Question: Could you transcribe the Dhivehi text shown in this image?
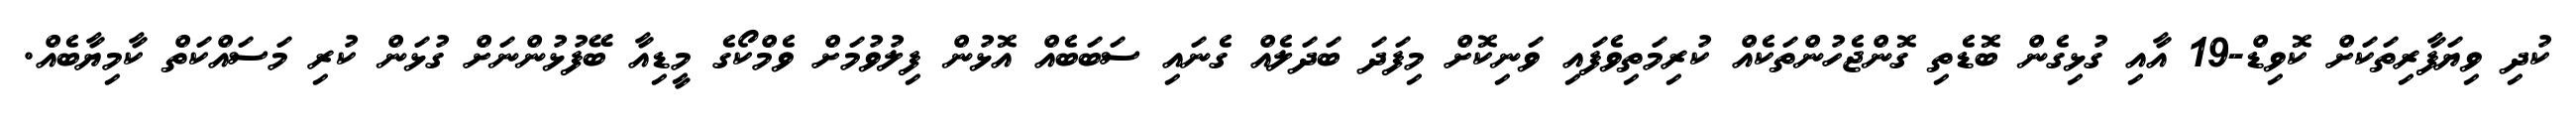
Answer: ކުދި ވިޔަފާރިތަކަށް ކޮވިޑް-19 އާއި ގުޅިގެން ބޮޑެތި ގޮންޖެހުންތަކެއް ކުރިމަތިވެފައި ވަނިކޮށް މިފަދަ ބަދަލެއް ގެނައި ސަބަބެއް އޮޅުން ފިލުވުމަށް ވެމްކޯގެ މީޑިއާ ބޭފުޅުންނަށް ގުޅަން ކުރި މަސައްކަތް ކާމިޔާބެއް.